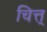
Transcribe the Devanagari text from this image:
चित्त्